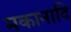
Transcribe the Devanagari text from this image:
मकानादि